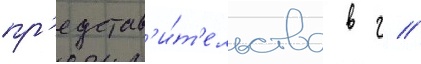
пр'едстав'и́т'ельства в г //